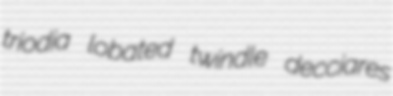
triodia lobated twindle decciares